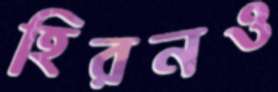
হিরনও